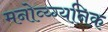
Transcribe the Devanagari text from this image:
मनोव्य्ग्यनिक